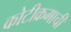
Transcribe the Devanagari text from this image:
कोटीक्रमाची